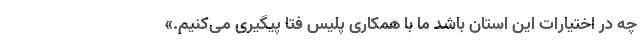
چه در اختیارات این استان باشد ما با همکاری پلیس فتا پیگیری می‌کنیم.»